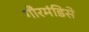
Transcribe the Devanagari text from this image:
गौरमंडिसे